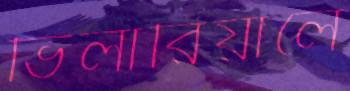
ভিলারিয়ালে